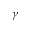
\gamma